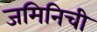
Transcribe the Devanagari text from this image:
जमिनिची